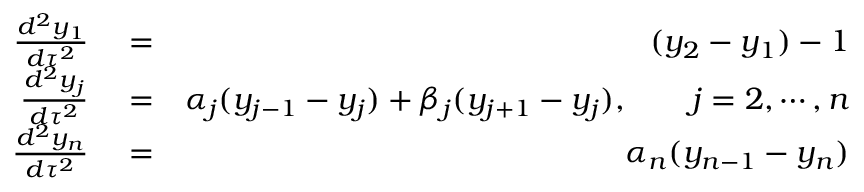
\begin{array} { r l r } { \frac { d ^ { 2 } y _ { 1 } } { d \tau ^ { 2 } } } & { { } = } & { ( y _ { 2 } - y _ { 1 } ) - 1 } \\ { \frac { d ^ { 2 } y _ { j } } { d \tau ^ { 2 } } } & { { } = } & { \alpha _ { j } ( y _ { j - 1 } - y _ { j } ) + \beta _ { j } ( y _ { j + 1 } - y _ { j } ) , \qquad j = 2 , \cdots , n } \\ { \frac { d ^ { 2 } y _ { n } } { d \tau ^ { 2 } } } & { { } = } & { \alpha _ { n } ( y _ { n - 1 } - y _ { n } ) } \end{array}